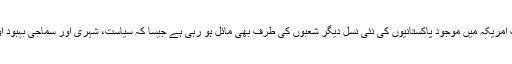
لیکن، اب امریکہ میں موجود پاکستانیوں کی نئی نسل دیگر شعبوں کی طرف بھی مائل ہو رہی ہے جیسا کہ سیاست، شہری اور سماجی بہبود اور ترقی۔